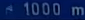
1000 m